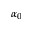
\alpha _ { 0 }